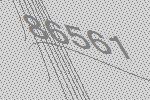
86561